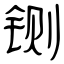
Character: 铡